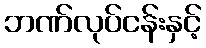
ဘဏ်လုပ်ငန်းနှင့်